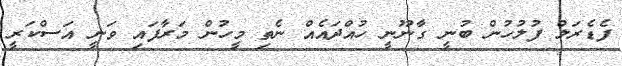
ފެޑެރަލް ފުލުހުން ބުނީ ގާނޫނީ ހުއްދައެއް ނެތި މީހުން މަރާފައި ވަނީ އަސްކަރީ